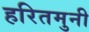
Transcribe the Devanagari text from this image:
हरितमुनी